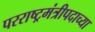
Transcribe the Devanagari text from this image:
परराष्ट्रमंत्रीपदाच्या